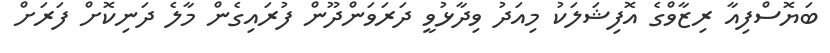
ބަޔޮސްފިއާ ރިޒާވްގެ އޮފިޝަލަކު މިއަދު ވިދާޅުވީ ދަރަވަންދޫން ފުރައިގެން މާލެ ދަނިކޮށް ފަރަށް